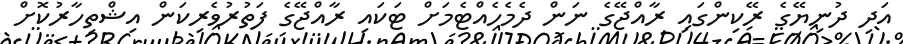
އަދި ދުނިޔޭގެ ރޭކިންގައި ރާއްޖޭގެ ނަން ދެމެހެއްޓެމަށް ޓަކައި ރާއްޖޭގެ ފަތުރުވެރިކަން އިޝްތިހާރުކޮށް